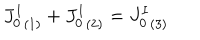
LaTeX: { J _ { 0 } ^ { I } } _ { ( 1 ) } + { J _ { 0 } ^ { I } } _ { ( 2 ) } = { J _ { 0 } ^ { I } } _ { ( 3 ) }